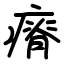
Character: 瘠